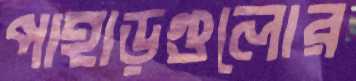
পাহাড়গুলোর